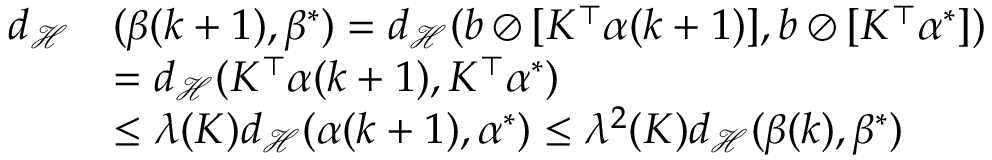
\begin{array} { r l } { { d _ { \mathcal H } } } & { ( \beta ( k + 1 ) , \beta ^ { * } ) = { d _ { \mathcal H } } ( b \oslash [ K ^ { \top } \alpha ( k + 1 ) ] , b \oslash [ K ^ { \top } \alpha ^ { * } ] ) } \\ & { = { d _ { \mathcal H } } ( K ^ { \top } \alpha ( k + 1 ) , K ^ { \top } \alpha ^ { * } ) } \\ & { \le \lambda ( K ) { d _ { \mathcal H } } ( \alpha ( k + 1 ) , \alpha ^ { * } ) \le \lambda ^ { 2 } ( K ) { d _ { \mathcal H } } ( \beta ( k ) , \beta ^ { * } ) } \end{array}